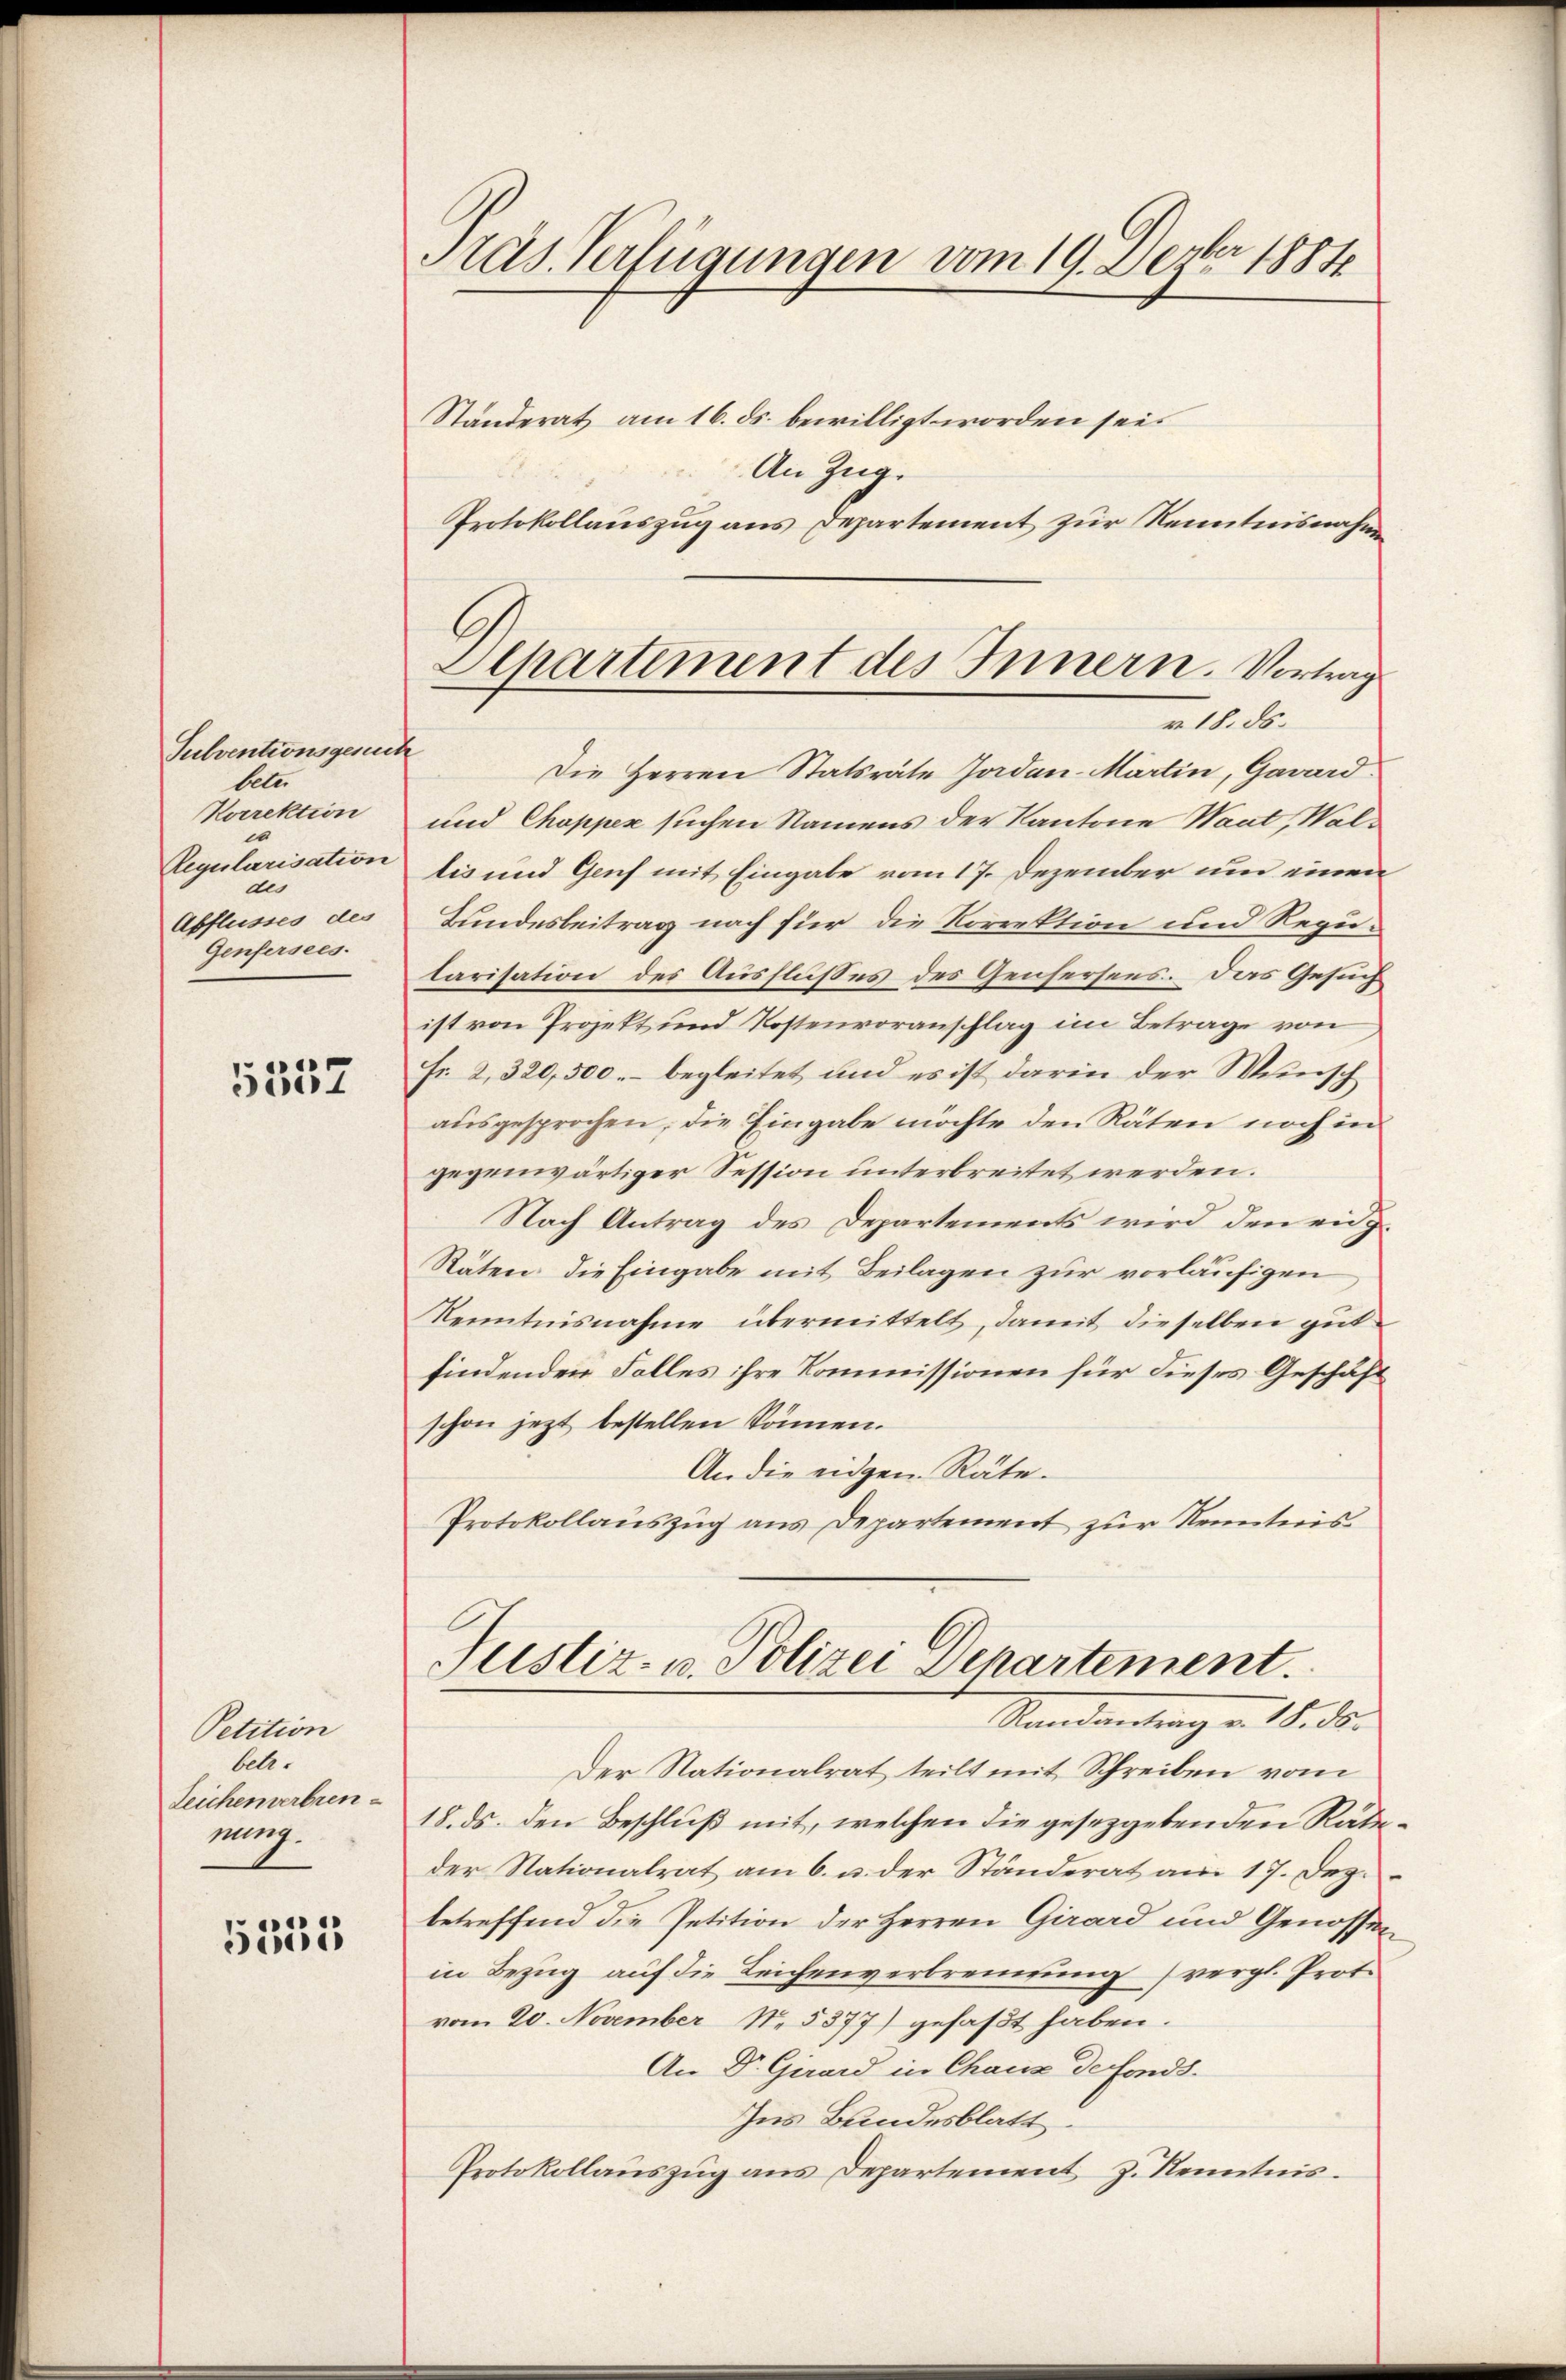
Sulventionsgerich
beter
Korrektion
c
Regularisation
des
Abflusses des
Genfersees.

5357

Petition
bel.
Leichenverbren
nung.

5315

Präs. Verfügungen vom 19. Dezbr 1884
Ständerat am 16. ds. bewilligt worden sei.

Alhartement des Innern. Vortrag
r. 18. ds.

An Zug.
Protokollauszug aus Departement zur Kenntnisnahme
2
Die Herren Statsräte Jordan-Martin, Gavard.
und Chopper suchen Namens der Kantone Waat, Waltis und Genf mit Eingabe vom 17. Dezember um einen
Bundesbeitrag nach für die Korrektion und Regularisation des Ausflußes des Genfersens. Das Gesuch
ist von Projekt und Kostenvoranschlag im Betrage von
Fr. 2, 320,500.- begleitet und es ist darin der Wunsch
ausgesprochen, die Eingabe möchte den Räten noch in
gegenwärtiger Session unterbreitet werden.
Nach Antrag des Departements wird den eng¬
Räten die Eingabe mit Beilagen zur vorläufigen,
Kenntnisnahme übermittelt, damit dieselben gut
findenden Falles ihre Kommissionen für dieses Geschäft
schon jezt bestellen können.
An die eidgen. Räte.
Protokollauszug aus Departement zur Kenntnis

Justiz- u. Polizei Departement.
Randantrag v. 18. ds.

Der Nationalrat teilt mit Schreiben vom
18. ds. den Beschluß mit, welchen die gesetzgebenden Rateder Nationalrat am 6. u. der Ständerat am 17. Dez.
betreffend die Petition der Herren Girard und Genossen
in Bezug auf die Leichenverbrennung (vergl. Prot.
vom 20. November No. 5877) gefaßt haben.
An Dr. Girard in Chaus de fonds.
Ins Bundesblatt
Protokollaŭszŭg ans Departement J. Kenntnis.